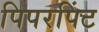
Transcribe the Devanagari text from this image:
पिपरपिंट